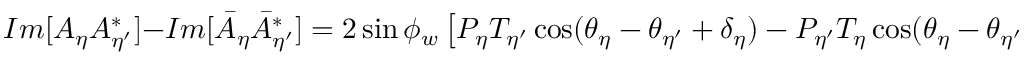
I m [ A _ { \eta } A _ { \eta ^ { \prime } } ^ { * } ] - I m [ { \bar { A } _ { \eta } } { \bar { A } _ { \eta ^ { \prime } } ^ { * } } ] = 2 \sin \phi _ { w } \left[ P _ { \eta } T _ { \eta ^ { \prime } } \cos ( \theta _ { \eta } - \theta _ { \eta ^ { \prime } } + \delta _ { \eta } ) - P _ { \eta ^ { \prime } } T _ { \eta } \cos ( \theta _ { \eta } - \theta _ { \eta ^ { \prime } } - \delta _ { \eta ^ { \prime } } ) \right] .